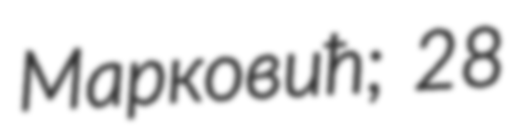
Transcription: Марковић; 28